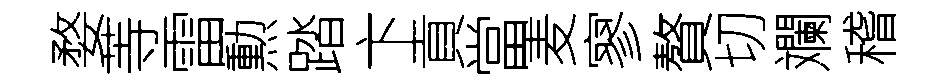
婺䓁雷勲踏卞貢當麦寥贅切斕稽